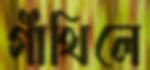
গাঁথিলে